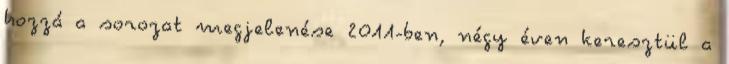
hozzá a sorozat megjelenése 2011-ben, négy éven keresztül a